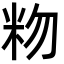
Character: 粅